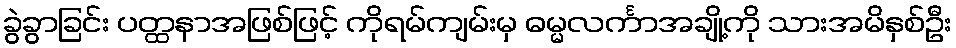
ခွဲခွာခြင်း ပတ္ထနာအဖြစ်ဖြင့် ကိုရမ်ကျမ်းမှ ဓမ္မလင်္ကာအချို့ကို သားအမိနှစ်ဦး